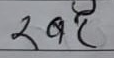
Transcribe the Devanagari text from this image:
खर्र